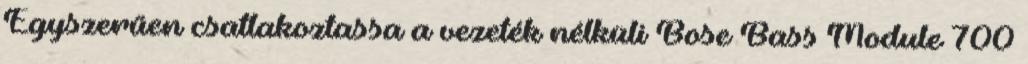
Egyszerűen csatlakoztassa a vezeték nélküli Bose Bass Module 700